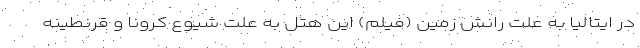
در ایتالیا به علت رانش زمین (فیلم) این هتل به علت شیوع کرونا و قرنطینه